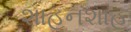
શાહનશાહ